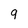
Character: q